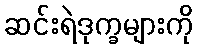
ဆင်းရဲဒုက္ခများကို